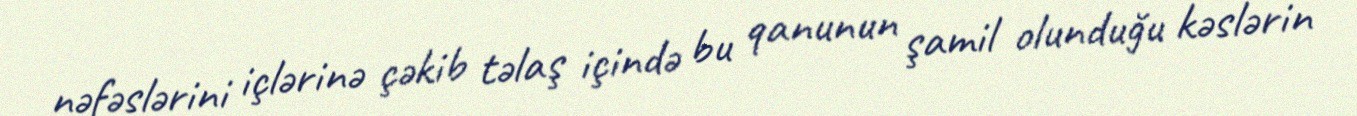
nəfəslərini içlərinə çəkib təlaş içində bu qanunun şamil olunduğu kəslərin